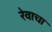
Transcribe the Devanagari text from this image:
रेवाचा